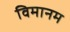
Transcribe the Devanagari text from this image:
विमानम